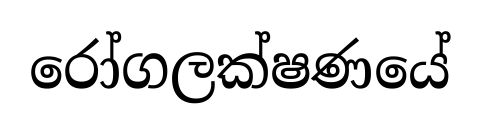
රෝගලක්ෂණයේ